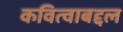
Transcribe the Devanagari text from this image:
कवित्वाबद्दल